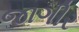
જાગીર